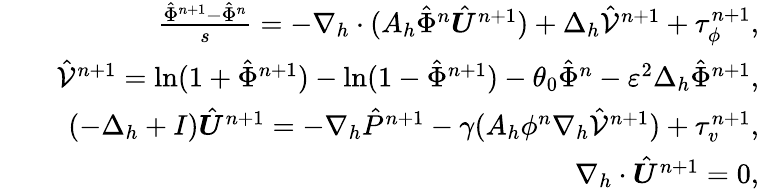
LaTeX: \begin{array}{rlr}&{}&{\frac{\hat{\Phi}^{n+1}-\hat{\Phi}^{n}}{s}=-\nabla_{h}\cdot(A_{h}\hat{\Phi}^{n}\hat{\boldsymbol{U}}^{n+1})+\Delta_{h}\hat{\mathcal{V}}^{n+1}+\tau_{\phi}^{n+1},}\\ &{}&{\hat{\mathcal{V}}^{n+1}=\ln(1+\hat{\Phi}^{n+1})-\ln(1-\hat{\Phi}^{n+1})-\theta_{0}\hat{\Phi}^{n}-\varepsilon^{2}\Delta_{h}\hat{\Phi}^{n+1},}\\ &{}&{(-\Delta_{h}+I)\hat{\boldsymbol{U}}^{n+1}=-\nabla_{h}\hat{P}^{n+1}-\gamma(A_{h}\phi^{n}\nabla_{h}\hat{\mathcal{V}}^{n+1})+\tau_{v}^{n+1},}\\ &{}&{\nabla_{h}\cdot\hat{\boldsymbol{U}}^{n+1}=0,}\end{array}